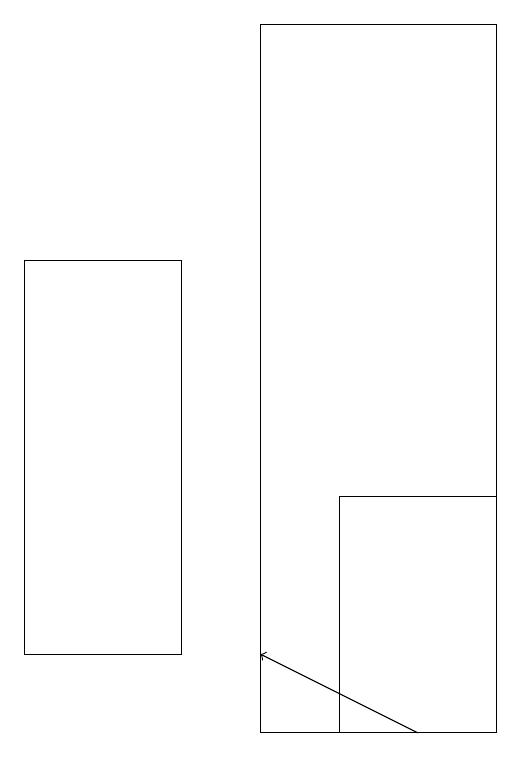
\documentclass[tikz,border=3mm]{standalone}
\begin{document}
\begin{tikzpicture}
\draw (3,16) rectangle (5,11);
\draw (9,10) rectangle (6,19);
\draw[->] (8,10) -- (6,11);
\draw (9,13) rectangle (7,10);
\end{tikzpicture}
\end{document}